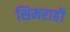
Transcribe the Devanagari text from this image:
सिमराही